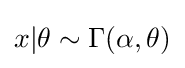
x|\theta \sim \Gamma (\alpha ,\theta )